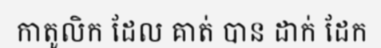
កាតូលិក ដែល គាត់ បាន ដាក់ ដែក